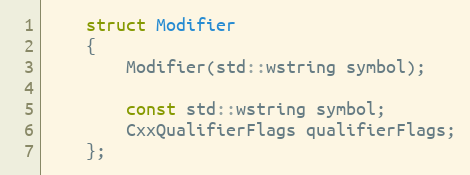
Language: C
	struct Modifier
	{
		Modifier(std::wstring symbol);

		const std::wstring symbol;
		CxxQualifierFlags qualifierFlags;
	};